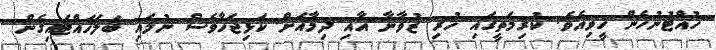
ހުއްޓުނުހެން ހީވިއެވެ. ކުރިމަތީގައި ހުރި ޒުވާނާ އާއި ދިމާއަށް ކަޅިޖަހާވެސް ނުލައި ބަލަހައްޓައިގެން